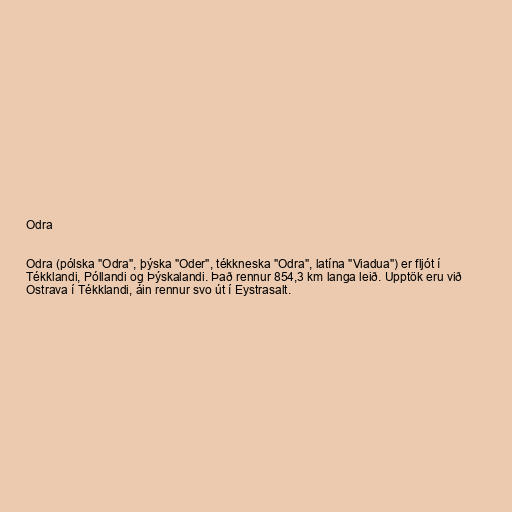
Odra

Odra (pólska "Odra", þýska "Oder", tékkneska "Odra", latína "Viadua") er fljót í
Tékklandi, Póllandi og Þýskalandi. Það rennur 854,3 km langa leið. Upptök eru við
Ostrava í Tékklandi, áin rennur svo út í Eystrasalt.